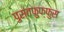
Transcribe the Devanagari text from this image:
पुस्तफुफ्फुस